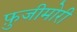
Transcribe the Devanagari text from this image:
फ़ुजीमोरी